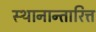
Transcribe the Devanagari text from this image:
स्थानान्तारित्त